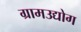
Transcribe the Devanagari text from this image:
ग्रामउद्योग